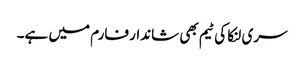
سری لنکا کی ٹیم بھی شاندار فارم میں ہے۔